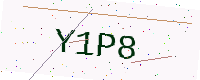
Text: Y1P8